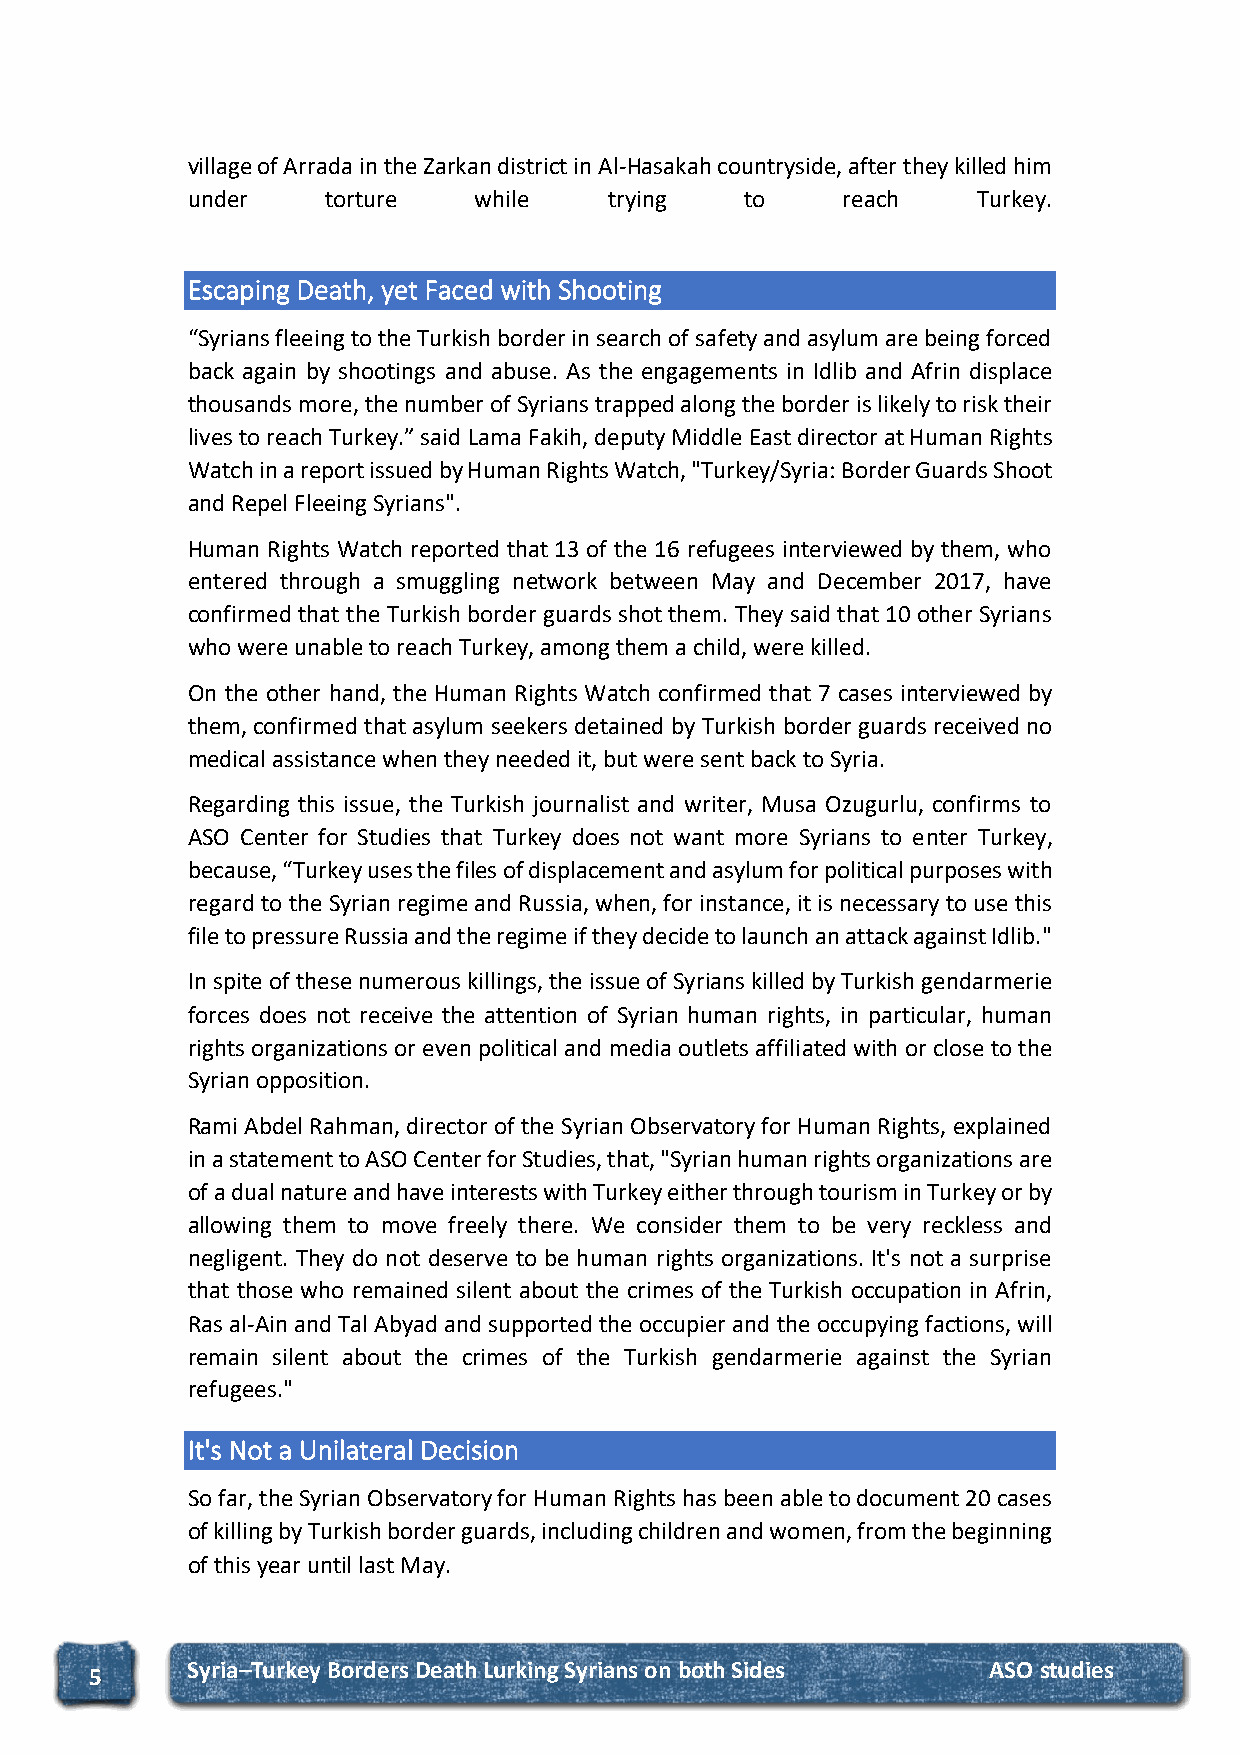
village of Arrada in the Zarkan district in Al-Hasakah countryside, after they killed him
 under     torture  while    trying   to     reach    Turkey.
 Escaping Death, yet Faced with Shooting
 “Syrians fleeing to the Turkish border in search of safety and asylum are being forced
 back again by shootings and abuse. As the engagements in Idlib and Afrin displace
 thousands more, the number of Syrians trapped along the border is likely to risk their
 lives to reach Turkey.” said Lama Fakih, deputy Middle East director at Human Rights
 Watch in a report issued by Human Rights Watch, "Turkey/Syria: Border Guards Shoot
 and Repel Fleeing Syrians".
 Human Rights Watch reported that 13 of the 16 refugees interviewed by them, who
 entered through a smuggling network between May and December 2017, have
 confirmed that the Turkish border guards shot them. They said that 10 other Syrians
 who were unable to reach Turkey, among them a child, were killed.
 On the other hand, the Human Rights Watch confirmed that 7 cases interviewed by
 them, confirmed that asylum seekers detained by Turkish border guards received no
 medical assistance when they needed it, but were sent back to Syria.
 Regarding this issue, the Turkish journalist and writer, Musa Ozugurlu, confirms to
 ASO Center for Studies that Turkey does not want more Syrians to enter Turkey,
 because, “Turkey uses the files of displacement and asylum for political purposes with
 regard to the Syrian regime and Russia, when, for instance, it is necessary to use this
 file to pressure Russia and the regime if they decide to launch an attack against Idlib."
 In spite of these numerous killings, the issue of Syrians killed by Turkish gendarmerie
 forces does not receive the attention of Syrian human rights, in particular, human
 rights organizations or even political and media outlets affiliated with or close to the
 Syrian opposition.
 Rami Abdel Rahman, director of the Syrian Observatory for Human Rights, explained
 in a statement to ASO Center for Studies, that, "Syrian human rights organizations are
 of a dual nature and have interests with Turkey either through tourism in Turkey or by
 allowing them to move freely there. We consider them to be very reckless and
 negligent. They do not deserve to be human rights organizations. It's not a surprise
 that those who remained silent about the crimes of the Turkish occupation in Afrin,
 Ras al-Ain and Tal Abyad and supported the occupier and the occupying factions, will
 remain silent about the crimes of the Turkish gendarmerie against the Syrian
 refugees."
 It's Not a Unilateral Decision
 So far, the Syrian Observatory for Human Rights has been able to document 20 cases
 of killing by Turkish border guards, including children and women, from the beginning
 of this year until last May.
 S yria–Turkey Borders Death Lurking Syrians on both Sides ASO studies
 5